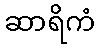
ဆာရိကံ